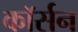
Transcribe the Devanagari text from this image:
कॉर्सन